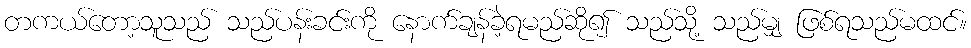
တကယ်တော့သူသည် သည်ပန်းခင်းကို နောက်ချန်ခဲ့ရမည်ဆို၍ သည်သို့ သည်မျှ ဖြစ်ရသည်မထင်။